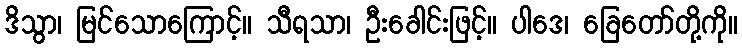
ဒိသွာ၊ မြင်သောကြောင့်။ သီရသာ၊ ဦးခေါင်းဖြင့်။ ပါဒေ၊ ခြေတော်တို့ကို။